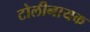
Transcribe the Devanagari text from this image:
टोलीनायक